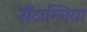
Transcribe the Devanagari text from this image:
सैंटाग्लिया